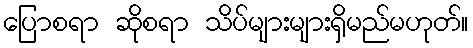
ပြောစရာ ဆိုစရာ သိပ်များများရှိမည်မဟုတ်။